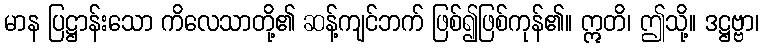
မာန ပြဋ္ဌာန်းသော ကိလေသာတို့၏ ဆန့်ကျင်ဘက် ဖြစ်၍ဖြစ်ကုန်၏။ ဣတိ၊ ဤသို့။ ဒဋ္ဌဗ္ဗာ၊